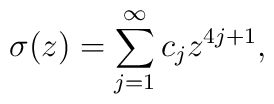
\sigma (z)=\sum_{j=1}^{\infty}{c}_{j}z^{4j+1},